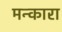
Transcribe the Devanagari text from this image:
मन्कारा